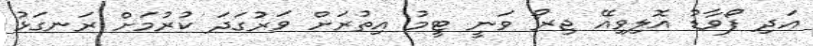
އަދި ފޯވާޑު އޮލިވިއޭ ޖިރޯ ވަނީ ޓީމު އިތުރަށް ވަރުގަދަ ކުރުމަށް ރަނގަޅު